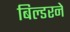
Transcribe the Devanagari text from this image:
बिल्डरने